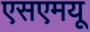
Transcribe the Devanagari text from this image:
एसएमयू